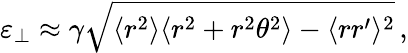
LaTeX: \varepsilon_{\perp}\approx\gamma\sqrt{\langle r^{2}\rangle\langle r^{2}+r^{2}\theta^{2}\rangle-\langle rr^{\prime}\rangle^{2}}\, ,